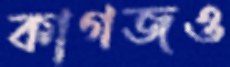
কাগজও